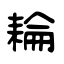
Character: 耣